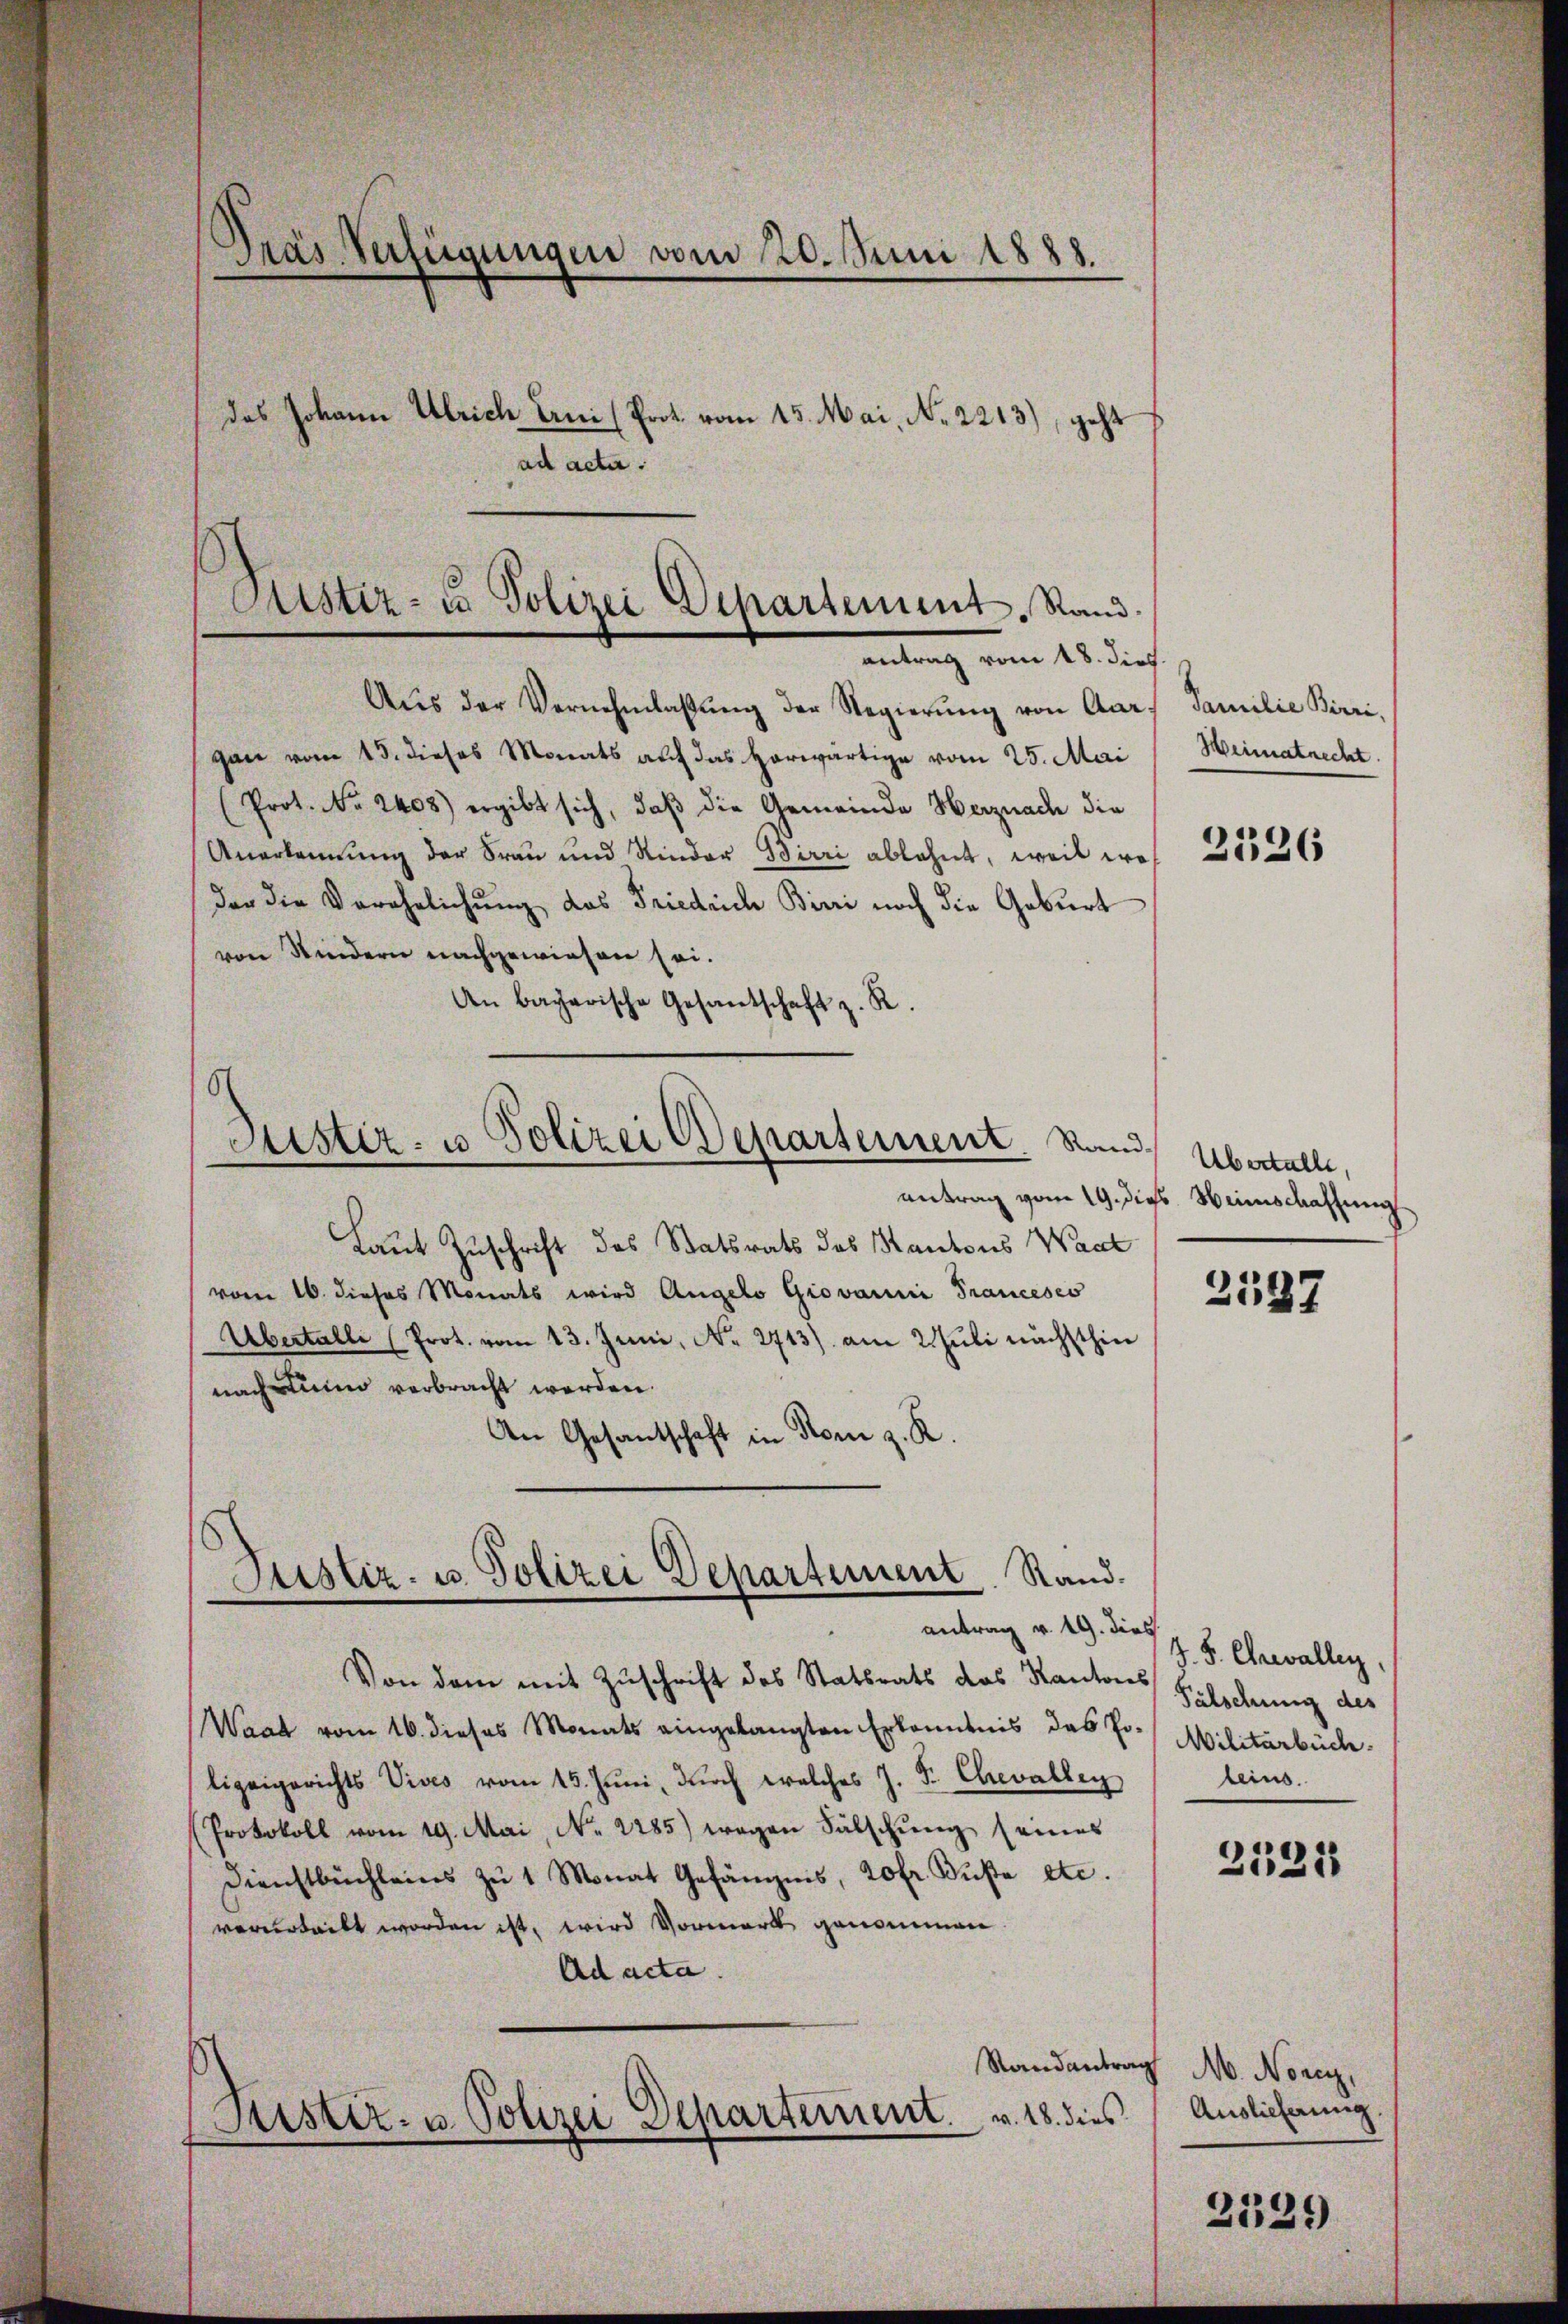
Dras Verfügungen vom 20. Juni 1888.
das Johann Ulrich Erni (Prot. vom 15. Mai, No. 2213), geht
ad acta.

Custiz- u. Polizei Departement. Rand
antrag vom 18. dies

Justiz- u Polizei Departement. Sand¬

Aŭs der Vernehmlassŭng der Regierŭng von Aargan vom 15. dieses Monats auf das Horwärtige vom 25. Mai
(Prot. No. 2408) ergibt sich, daß die Gemeinde Herznach die
Anerkennung der Frau und Rinder Birri ablehnt, weil wo 15365
der die Verehelichung das Friedrich Birri noch die Geburt
von Kindern nachgewiesen sei.
An bayerische Gesantschaft z. R.
Laut Zuschrift des Statsrats des Kantons Wacht
vom 16. dieses Monats wird Angelo Giovanni Francesco
Übertalli (Prot. vom 13. Juni, No 2713) am 2. Juli nächsthin
nach Linne verbracht werden.
An Gesantschaft in Rom z. R.
Justiz- u. Polizei Departement. Stand.
antrag v. 19. dies
Von dem mit Zuschrift des Statsrats das Kantons
Waat vom 16. dieses Monats eingelangten Erkenntnis das Polizeigerichts Vives vom 15. Juni, durch welches J. F. Chevalley
Protokoll vom 19. Mai, No. 2285) wegen Fälschung seines
Dienstbüchleins zŭ 1 Monat Gefängnis, 20fr. Bŭβe etc.
vorurteilt worden ist, wird Vormerk genommen
Ad acta.
Randantrag M. Noren,
Justiz- u. Polizei Departement. v. 18. dies

Familie Birri,
Heimatrecht

Übertalle,
antrag vom 19. dies. Weinschaffung

2137

V. S. Chrevallen,
Fälschung des
Militarbüch
leins.

2521

Auslieferung.

2329